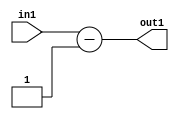
`timescale 1ps / 1ps
/*****************************************************************************
    Verilog RTL Description
    
    
    Created by: Stratus DpOpt 2019.1.01 
*******************************************************************************/

module pw_feature_addr_gen_Subi1u16_4 (
	in1,
	out1
	); /* architecture "behavioural" */ 
input [15:0] in1;
output [16:0] out1;
wire [16:0] asc001;

assign asc001 = 
	+(in1)
	-(17'B00000000000000001);

assign out1 = asc001;
endmodule

/* CADENCE  ubH4SAg= : u9/ySgnWtBlWxVPRXgAZ4Og= ** DO NOT EDIT THIS LINE ******/